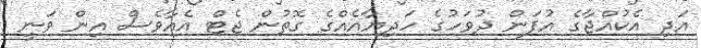
އަދި އެކުއްޖާގެ އުފަން ދުވަހުގެ ހަދިޔާއެއްގެ ގޮތުން ޖެޓް އެއާވެސް އިން ވަނީ